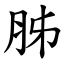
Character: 胏